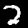
Label: 2